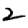
Digit: 2